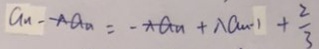
a _ { n } - A a _ { n } = - \lambda a _ { n } + \lambda a _ { n - 1 } + \frac { 2 } { 3 }